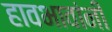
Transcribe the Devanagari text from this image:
हावभावांनीं